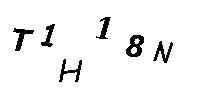
T1H18N